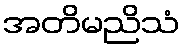
အတိမညိသံ